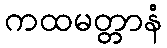
ကထမတ္တာနံ